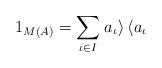
LaTeX: \begin{align*}1_{M\left(A\right)}= \sum_{\iota \in I} \left. a_\iota \right\rangle \left\langle a_\iota \right.\end{align*}